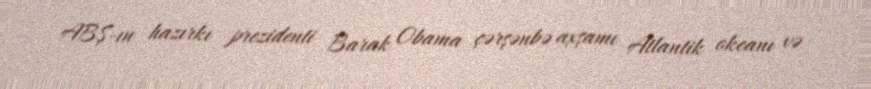
ABŞ-ın hazırkı prezidenti Barak Obama çərşənbə axşamı Atlantik okeanı və